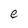
Character: e